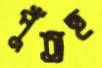
পুঁতছ